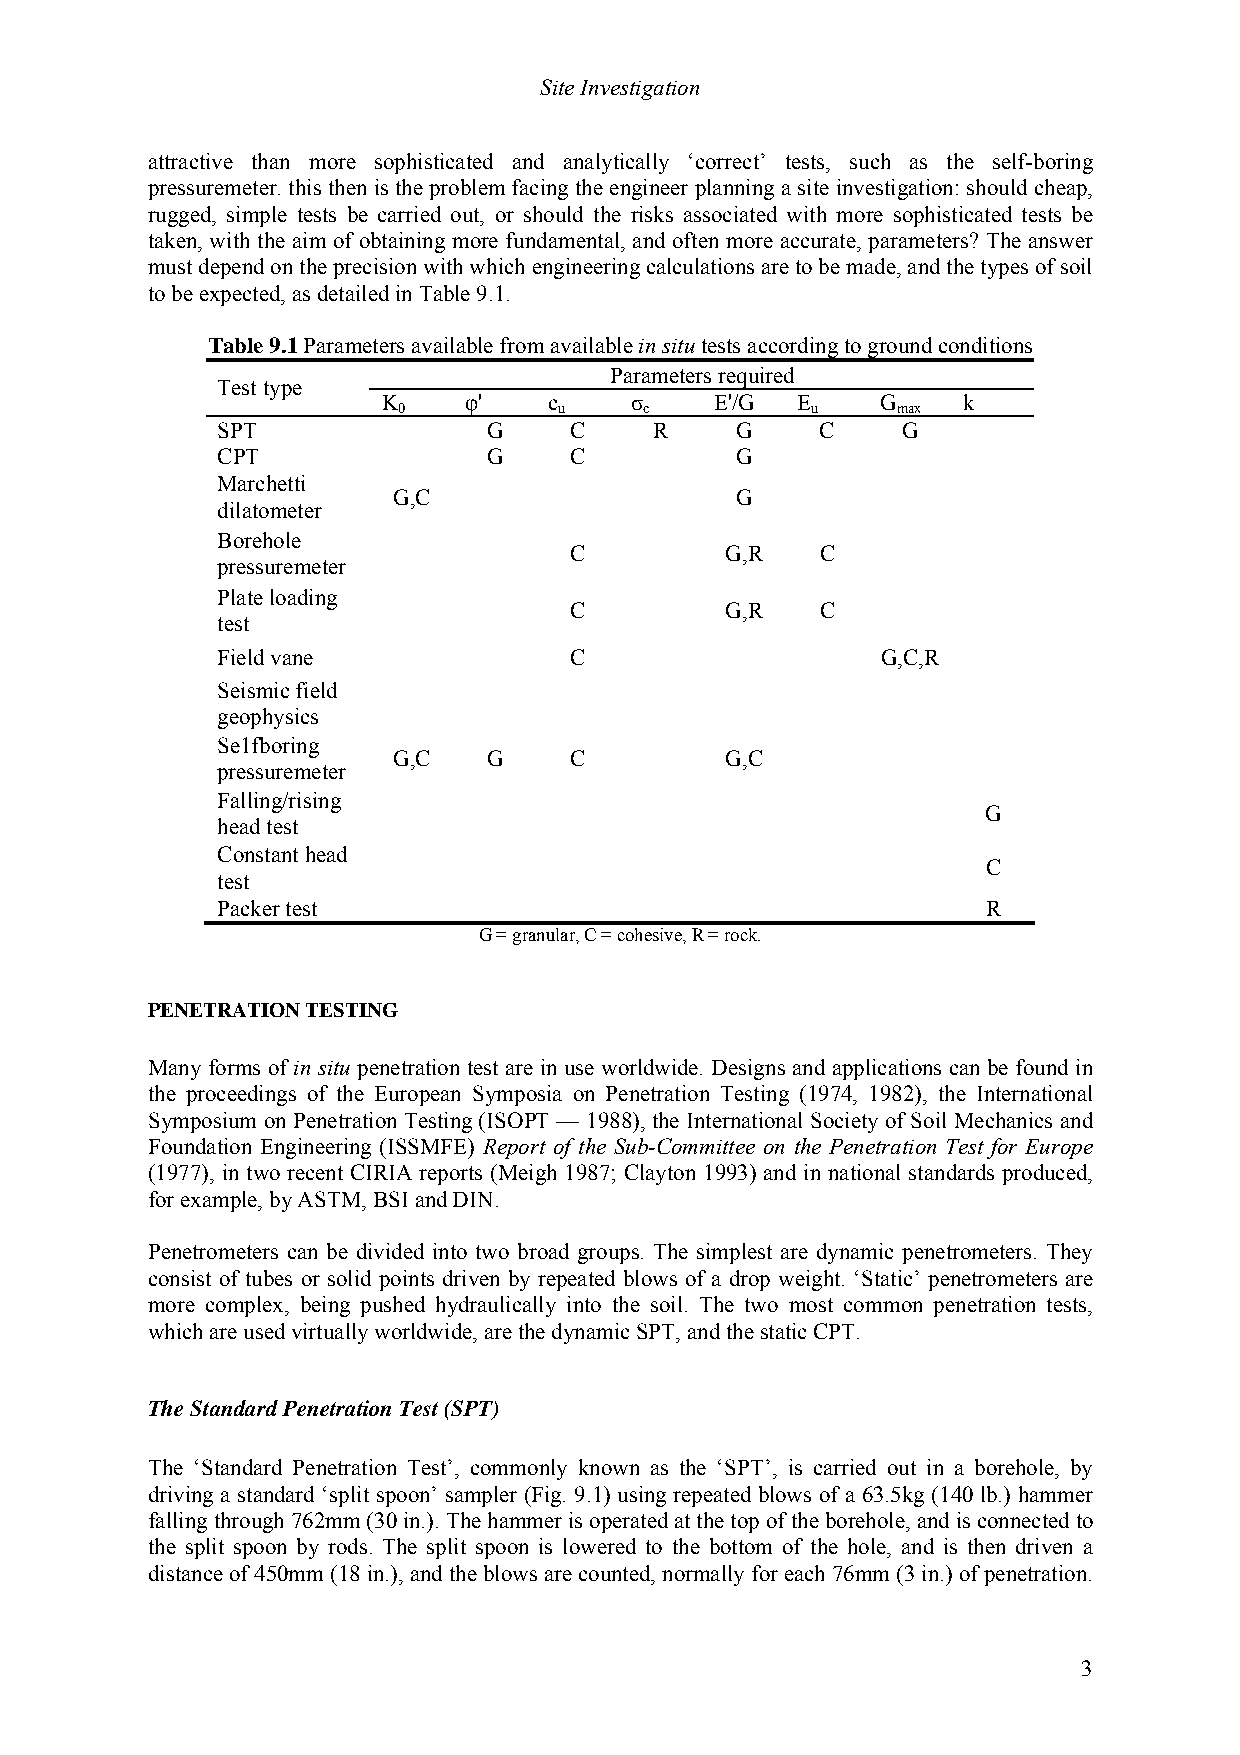
Site Investigation
 attractive than more sophisticated and analytically ‘correct’ tests, such as the self-boring
 pressuremeter. this then is the problem facing the engineer planning a site investigation: should cheap,
 rugged, simple tests be carried out, or should the risks associated with more sophisticated tests be
 taken, with the aim of obtaining more fundamental, and often more accurate, parameters? The answer
 must depend on the precision with which engineering calculations are to be made, and the types of soil
 to be expected, as detailed in Table 9.1.
 Table 9.1 Parameters available from available in situ tests according to ground conditions
 Parameters required
 Test type
 K     φ'   c     σ    E'/G  E    G     k
 0          u     c          u    max
 SPT               G     C    R     G    C     G
 CPT               G     C          G
 Marchetti
 G,C                    G
 dilatometer
 Borehole
 C         G,R   C
 pressuremeter
 Plate loading
 C         G,R   C
 test
 Field vane              C                   G,C,R
 Seismic field
 geophysics
 Se1fboring
 G,C   G     C         G,C
 pressuremeter
 Falling/rising
 G
 head test
 Constant head
 C
 test
 Packer test                                        R
 G = granular, C = cohesive, R = rock.
 PENETRATION TESTING
 Many forms of in situ penetration test are in use worldwide. Designs and applications can be found in
 the proceedings of the European Symposia on Penetration Testing (1974, 1982), the International
 Symposium on Penetration Testing (ISOPT — 1988), the International Society of Soil Mechanics and
 Foundation Engineering (ISSMFE) Report of the Sub-Committee on the Penetration Test for Europe
 (1977), in two recent CIRIA reports (Meigh 1987; Clayton 1993) and in national standards produced,
 for example, by ASTM, BSI and DIN.
 Penetrometers can be divided into two broad groups. The simplest are dynamic penetrometers. They
 consist of tubes or solid points driven by repeated blows of a drop weight. ‘Static’ penetrometers are
 more complex, being pushed hydraulically into the soil. The two most common penetration tests,
 which are used virtually worldwide, are the dynamic SPT, and the static CPT.
 The Standard Penetration Test (SPT)
 The ‘Standard Penetration Test’, commonly known as the ‘SPT’, is carried out in a borehole, by
 driving a standard ‘split spoon’ sampler (Fig. 9.1) using repeated blows of a 63.5kg (140 lb.) hammer
 falling through 762mm (30 in.). The hammer is operated at the top of the borehole, and is connected to
 the split spoon by rods. The split spoon is lowered to the bottom of the hole, and is then driven a
 distance of 450mm (18 in.), and the blows are counted, normally for each 76mm (3 in.) of penetration.
 3